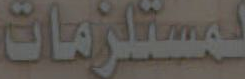
لمستلزمات